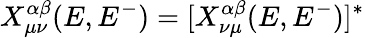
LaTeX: X_{\mu\nu}^{\alpha\beta}(E,E^{-})=[X_{\nu\mu}^{\alpha\beta}(E,E^{-})]^{*}